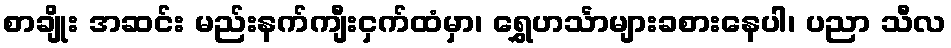
စာချိုး အဆင်း မည်းနက်ကျီးငှက်ထံမှာ၊ ရွှေဟင်္သာများခစားနေပါ၊ ပညာ သီလ